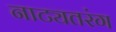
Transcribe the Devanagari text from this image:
नाट्यतरंग